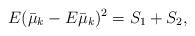
LaTeX: \begin{align*} E(\bar{\mu}_k-E\bar{\mu}_k)^2=S_1+S_2,\end{align*}